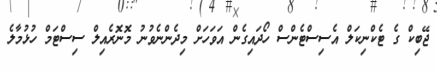
ޖޭބިކް ގެ ޓެކްނިކަލް އެސިސްޓެންސް ހޯދައިގެން އަވަހަށް މިދެންނެވުނު މޮނޮރެއިލް ސިސްޓަމް ހުޅުމާލެ